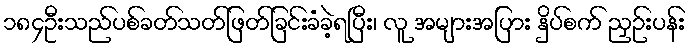
၁၈၄ဦးသည်ပစ်ခတ်သတ်ဖြတ်ခြင်းခံခဲ့ရပြီး၊ လူ အများအပြား နှိပ်စက် ညှဉ်းပန်း